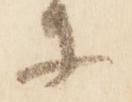
等